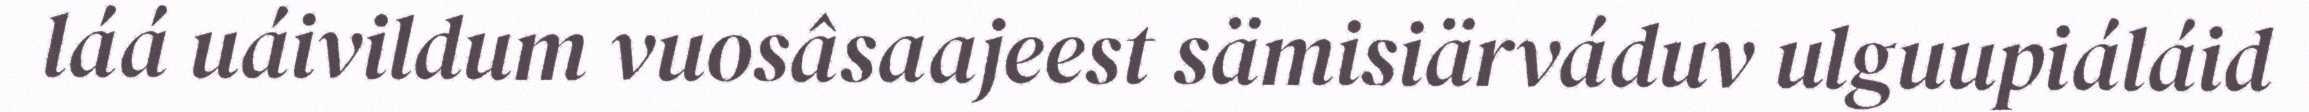
láá uáivildum vuosâsaajeest sämisiärváduv ulguupiáláid